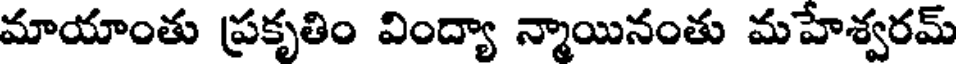
మాయాంతు ప్రకృతిం వింద్యా న్మాయినంతు మహేశ్వరమ్